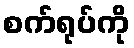
စက်ရုပ်ကို